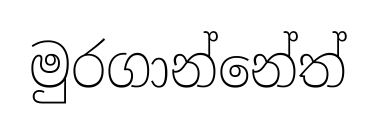
මුරගාන්නේත්